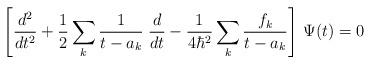
LaTeX: \begin{align*}\left[{d^2\over dt^2}+{1\over 2}\sum_k{1\over t-a_k}\;{d\over dt}-{1\over 4\hbar^2}\sum_k{f_k\over t-a_k}\right]\,\Psi(t)=0\end{align*}